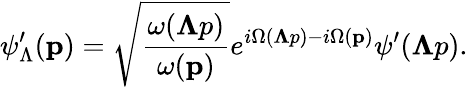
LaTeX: \psi_{\Lambda}^{\prime}({\mathbf p})=\sqrt{\frac{\omega({{\mathbf\Lambda p}})}{\omega({\mathbf p})}}e^{i\Omega({\mathbf\Lambda p})-i\Omega({\mathbf p})}\psi^{\prime}({\mathbf\Lambda p}).